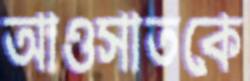
আওসাতকে